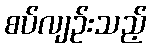
စပ်လျဉ်းသည့်